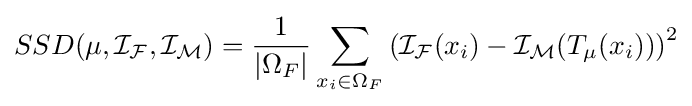
SSD(\mu ,{\mathcal {I_{F}}},{\mathcal {I_{M}}})={\dfrac {1}{\left|\Omega _{F}\right|}}\sum _{x_{i}\in \Omega _{F}}\left({\mathcal {I_{F}}}(x_{i})-{\mathcal {I_{M}}}({T}_{\mu }(x_{i}))\right)^{2}